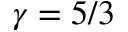
\gamma = 5 / 3